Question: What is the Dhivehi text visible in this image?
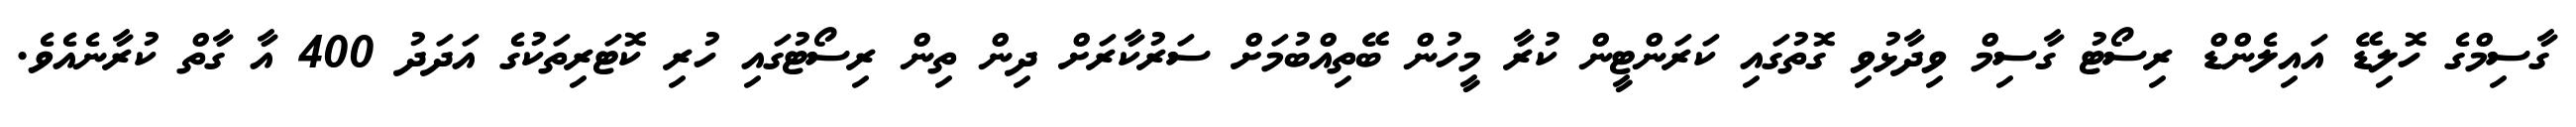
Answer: ގާސިމްގެ ހޮލިޑޭ އައިލެންޑް ރިސޯޓު ގާސިމް ވިދާޅުވި ގޮތުގައި ކަރަންޓީން ކުރާ މީހުން ބޭތިއްބުމަށް ސަރުކާރަށް ދިން ތިން ރިސޯޓުގައި ހުރި ކޮޓަރިތަކުގެ އަދަދު 400 އާ ގާތް ކުރާނެއެވެ.